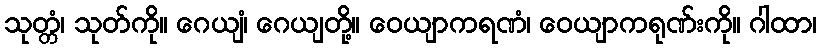
သုတ္တံ၊ သုတ်ကို။ ဂေယျံ၊ ဂေယျတို့။ ဝေယျာကရဏံ၊ ဝေယျာကရုဏ်းကို။ ဂါထာ၊